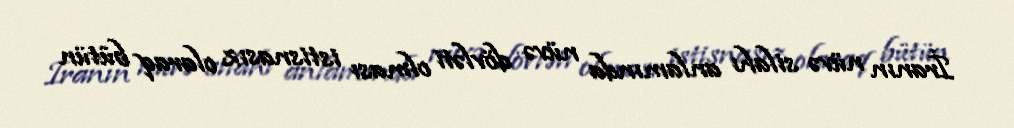
İranın nüvə silahı anlamında nüvə dövləti olması istisnasız olaraq bütün